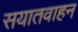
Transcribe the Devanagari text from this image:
सयातवाहन